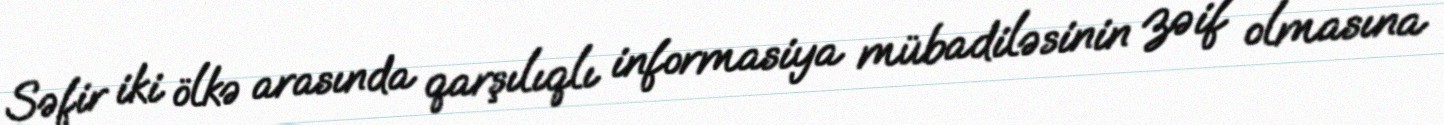
Səfir iki ölkə arasında qarşılıqlı informasiya mübadiləsinin zəif olmasına